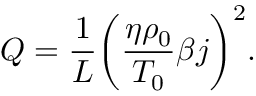
Q = \frac { 1 } { L } { \left( { \frac { { \eta { \rho _ { 0 } } } } { { { T _ { 0 } } } } \beta j } \right) ^ { 2 } } .